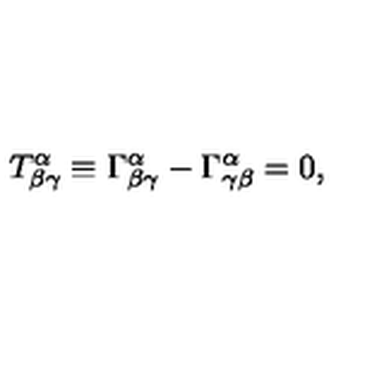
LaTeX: T _ { \beta \gamma } ^ { \alpha } \equiv \Gamma _ { \beta \gamma } ^ { \alpha } - \Gamma _ { \gamma \beta } ^ { \alpha } = 0 ,